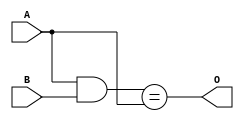
module CheckSameBits(
    input [31:0] A,
    input [31:0] B,
    output reg O
);

always @* begin
    O = (A & B) == A; // Bitwise AND followed by comparison
end

endmodule

module CheckSameBits_tb;

reg [31:0] A, B;
wire O;

CheckSameBits UUT(
    .A(A),
    .B(B),
    .O(O)
);

initial begin
    // Test case 1: All bits are the same
    A = 32'b10101010101010101010101010101010;
    B = 32'b10101010101010101010101010101010;
    #10;
    $display("Test case 1: A=%b, B=%b, O=%b", A, B, O);

    // Test case 2: All bits are not the same
    A = 32'b10101010101010101010101010101010;
    B = 32'b01010101010101010101010101010101;
    #10;
    $display("Test case 2: A=%b, B=%b, O=%b", A, B, O);

    // Test case 3: A and B are both zeros
    A = 32'b00000000000000000000000000000000;
    B = 32'b00000000000000000000000000000000;
    #10;
    $display("Test case 3: A=%b, B=%b, O=%b", A, B, O);

    // Test case 4: A and B are both ones
    A = 32'b11111111111111111111111111111111;
    B = 32'b11111111111111111111111111111111;
    #10;
    $display("Test case 4: A=%b, B=%b, O=%b", A, B, O);

end

endmodule